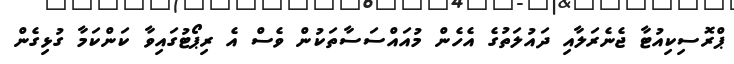
ޕްރޮސިކިއުޓާ ޖެނެރަލާއި ދައުލަތުގެ އެހެން މުއައްސަސާތަކުން ވެސް އެ ރިޕޯޓުގައިވާ ކަންކަމާ ގުޅިގެން